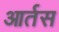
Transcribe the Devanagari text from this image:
आर्तस